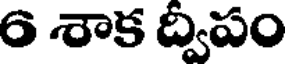
6 శాక ద్విపం